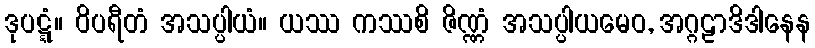
ဒုပဋ္ဋံ။ ဝိပရီတံ အသပ္ပါယံ။ ယဿ ကဿစိ ဇိဏ္ဏံ အသပ္ပါယမေဝ, အဂ္ဂဠာဒိဒါနေန